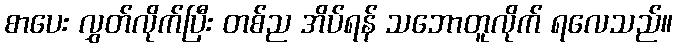
စာပေး လွှတ်လိုက်ပြီး တစ်ည အိပ်ရန် သဘောတူလိုက် ရလေသည်။